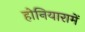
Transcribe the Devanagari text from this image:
होनियारामें